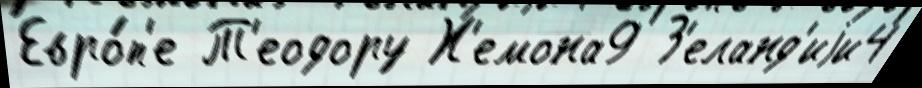
Евро́п'е Т'еодору Х'емона9 З'еланд'иjи4